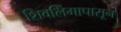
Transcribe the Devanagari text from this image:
शिवलिंगापासून